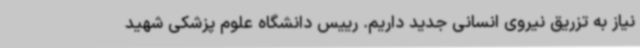
نیاز به تزریق نیروی انسانی جدید داریم. رییس دانشگاه علوم پزشکی شهید